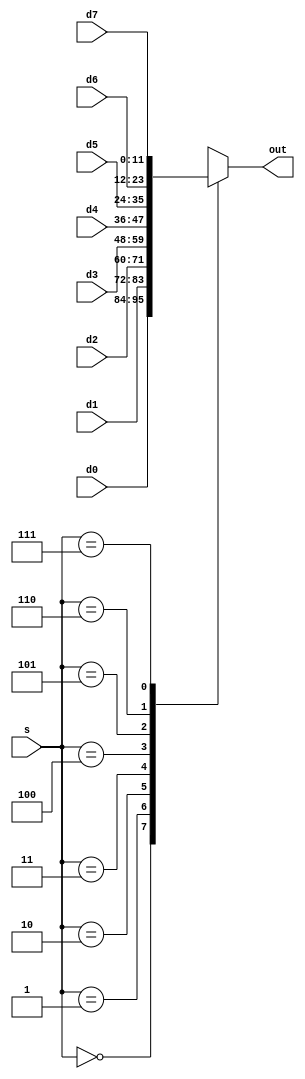
module Mux_8_1(
    input [11:0] d0,
	 input [11:0] d1,
	 input [11:0] d2,
	 input [11:0] d3,
	 input [11:0] d4,
	 input [11:0] d5,
	 input [11:0] d6,
	 input [11:0] d7,
    input [2:0] s,
	 output reg [11:0] out
    );

always @(*) begin
	case (s)
		3'b000: out = d0;
		3'b001: out = d1;
		3'b010: out = d2;
		3'b011: out = d3;
		3'b100: out = d4;
		3'b101: out = d5;
		3'b110: out = d6;
		3'b111: out = d7;
	endcase
end

endmodule